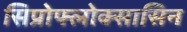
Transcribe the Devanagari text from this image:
सिप्रोफ्लोक्सासिन